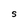
Character: S